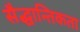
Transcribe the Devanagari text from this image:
सैद्धान्तिकता